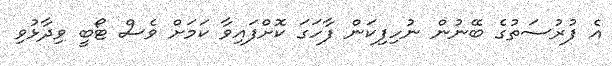
އެ ފުރުސަތުގެ ބޭނުން ނުހިފިކަން ފާހަގަ ކޮށްފައިވާ ކަމަށް ވެސް ޓޯބީ ވިދާޅުވި